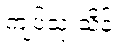
ကျပ်သုံးသိန်း